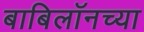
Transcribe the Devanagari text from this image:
बाबिलॉनच्या